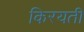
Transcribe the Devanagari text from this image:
किरयती